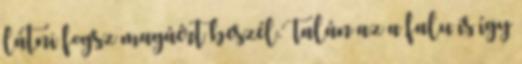
látni fogsz magáért beszél.Talán az a falu is így